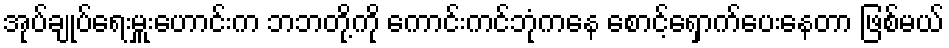
အုပ်ချုပ်ရေးမှူးဟောင်းက ဘဘတို့ကို ကောင်းကင်ဘုံကနေ စောင့်ရှောက်ပေးနေတာ ဖြစ်မယ်